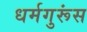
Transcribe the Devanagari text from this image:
धर्मगुरूंस